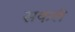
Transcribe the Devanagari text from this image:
सकले